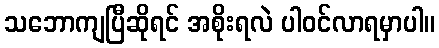
သဘောကျပြီဆိုရင် အစိုးရလဲ ပါဝင်လာရမှာပါ။